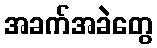
အခက်အခဲတွေ